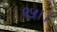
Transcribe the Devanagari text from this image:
९५।।